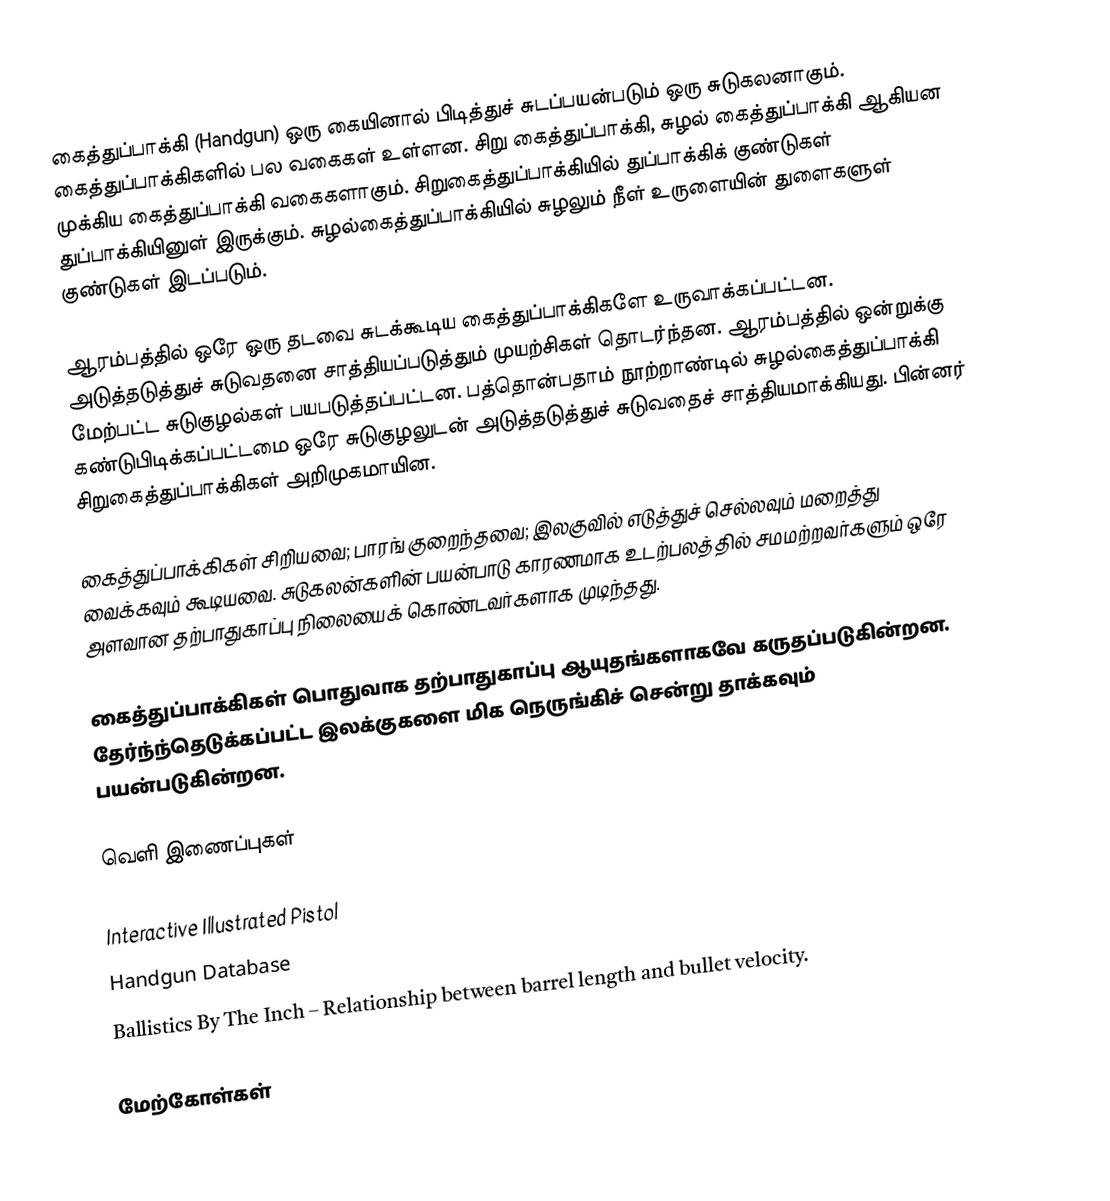
கைத்துப்பாக்கி (Handgun) ஒரு கையினால் பிடித்துச் சுடப்பயன்படும் ஒரு சுடுகலனாகும். கைத்துப்பாக்கிகளில் பல வகைகள் உள்ளன. சிறு கைத்துப்பாக்கி, சுழல் கைத்துப்பாக்கி ஆகியன முக்கிய கைத்துப்பாக்கி வகைகளாகும். சிறுகைத்துப்பாக்கியில் துப்பாக்கிக் குண்டுகள் துப்பாக்கியினுள் இருக்கும். சுழல்கைத்துப்பாக்கியில் சுழலும் நீள் உருளையின் துளைகளுள் குண்டுகள் இடப்படும்.

ஆரம்பத்தில் ஒரே ஒரு தடவை சுடக்கூடிய கைத்துப்பாக்கிகளே உருவாக்கப்பட்டன. அடுத்தடுத்துச் சுடுவதனை சாத்தியப்படுத்தும் முயற்சிகள் தொடர்ந்தன. ஆரம்பத்தில் ஒன்றுக்கு மேற்பட்ட சுடுகுழல்கள் பயபடுத்தப்பட்டன. பத்தொன்பதாம் நூற்றாண்டில் சுழல்கைத்துப்பாக்கி கண்டுபிடிக்கப்பட்டமை ஒரே சுடுகுழலுடன் அடுத்தடுத்துச் சுடுவதைச் சாத்தியமாக்கியது. பின்னர் சிறுகைத்துப்பாக்கிகள் அறிமுகமாயின.

கைத்துப்பாக்கிகள் சிறியவை; பாரங் குறைந்தவை; இலகுவில் எடுத்துச் செல்லவும் மறைத்து வைக்கவும் கூடியவை. சுடுகலன்களின் பயன்பாடு காரணமாக உடற்பலத்தில் சமமற்றவர்களும் ஒரே அளவான தற்பாதுகாப்பு நிலையைக் கொண்டவர்களாக முடிந்தது.

கைத்துப்பாக்கிகள் பொதுவாக தற்பாதுகாப்பு ஆயுதங்களாகவே கருதப்படுகின்றன. தேர்ந்ந்தெடுக்கப்பட்ட இலக்குகளை மிக நெருங்கிச் சென்று தாக்கவும் பயன்படுகின்றன.

வெளி இணைப்புகள்

 Interactive Illustrated Pistol
 Handgun Database
 Ballistics By The Inch – Relationship between barrel length and bullet velocity.

மேற்கோள்கள்